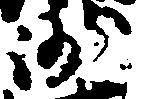
沙